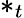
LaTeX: \ast_{t}